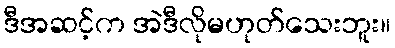
ဒီအဆင့်က အဲဒီလိုမဟုတ်သေးဘူး။